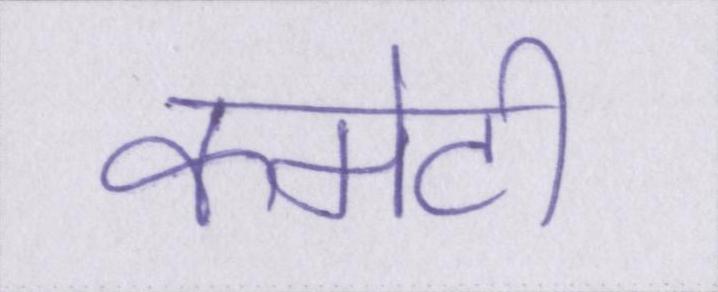
कमेटी